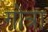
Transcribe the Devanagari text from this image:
गोत्रा